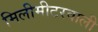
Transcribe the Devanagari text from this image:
मिलीमीटरवाली